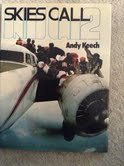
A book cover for Skies Call Two; Andy C. Keech; Sports & Outdoors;